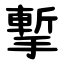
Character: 㨻